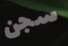
سجن